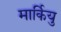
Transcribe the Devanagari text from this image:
मार्कियु